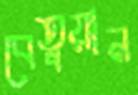
বেতুয়ান